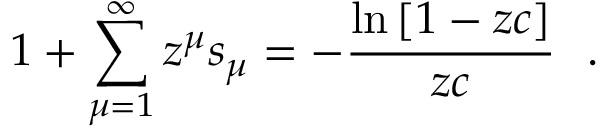
1 + \sum _ { \mu = 1 } ^ { \infty } z ^ { \mu } s _ { \mu } = - \frac { \ln { [ 1 - z c ] } } { z c } \ \ .